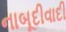
નાબૂદીવાદી